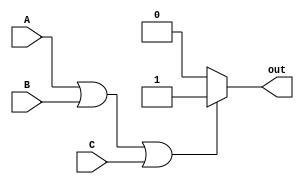
module OR_gate (
    input wire A,
    input wire B,
    input wire C,
    output reg out
);

  always @(*) begin
    if (A || B || C) begin
      out = 1;
    end else begin
      out = 0;
    end
  end

endmodule